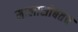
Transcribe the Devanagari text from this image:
मालासोबतच